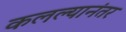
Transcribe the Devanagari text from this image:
कलल्यानंतर